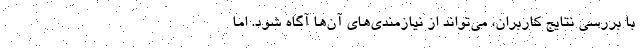
با بررسی نتایج کاربران، می‌تواند از نیازمندی‌های آن‌ها آگاه شود. اما